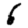
Digit: 6